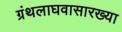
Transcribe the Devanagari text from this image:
ग्रंथलाघवासारख्या